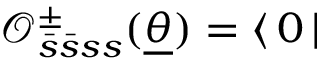
\mathcal { O } _ { \bar { s } \bar { s } s s } ^ { \pm } ( \underline { { { \theta } } } ) = \langle \, 0 \, | \,